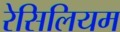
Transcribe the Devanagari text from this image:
रेसिलियम